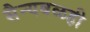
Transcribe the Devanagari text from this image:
सैन्यबळही